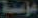
مؤسسة